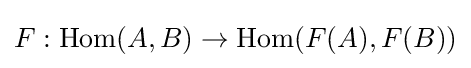
F:{\text{Hom}}(A,B)\rightarrow {\text{Hom}}(F(A),F(B))